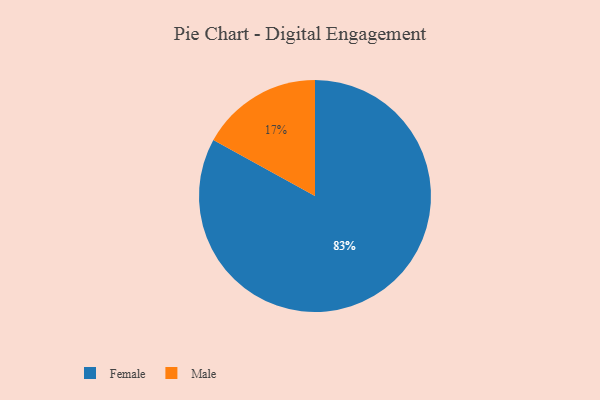
{"axis": {"x": "Category", "y": "Percentage"}, "legend": ["Female", "Male"], "data": [{"x": "Male", "y": 17, "type": "Male"}, {"x": "Female", "y": 83, "type": "Female"}]}